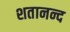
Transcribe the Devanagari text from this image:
शतानन्द